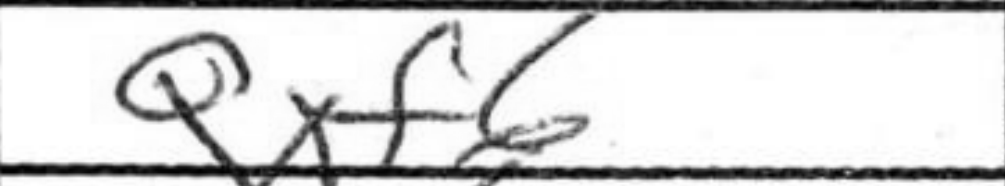
Transcription: Qxf6